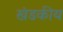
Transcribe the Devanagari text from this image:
खंडकीय